Annual report on the working of the mental hospitals in the Madras Presidency - 1912-1932
Year: 1912
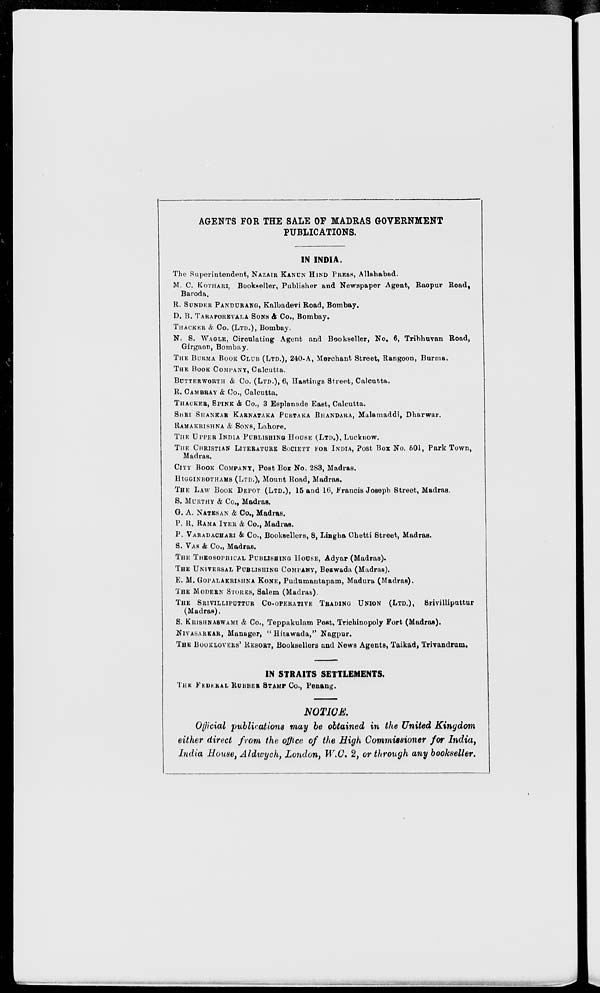
AGENTS FOR THE SALE OF MADRAS GOVERNMENT
PUBLICATIONS.
IN INDIA.
The Superintendent, NAZAIR KANON HIND PRESS, Allahabad.
M. C. KOTHARI, Bookseller, Publisher and Newspaper Agent, Raopur Road,
Baroda.
R. SUNDER PANDURANG, Kalbadevi Road, Bombay.
D. B. TARAPOREVALA SONG & Co., Bombay.
THACKER & Co. (LTD.), Bombay.
N. S. WAGLE, Circulating Agent and Bookseller, No. 6, Tribhuvan Road,
Girgaon, Bombay.
THE BURMA BOOK CLUB (LTD.), 240-A, Merchant Street, Rangoon, Burma.
THE BOOK COMPANY, Calcutta.
BUTTERWORTH & Co. (LTD.), 6, Hastings Street, Calcutta.
R. CAMBRAY & Co., Calcutta.
THACKER, SPINK & Co., 3 Esplanade East, Calcutta.
SHRI SHANKAR KARNATAKA PUSTAKA BHANDARA, Malamaddi, Dharwar.
RAMAKRISHNA & SONS, Lahore.
THE UPPER INDIA PUBLISHING HOUSE (LTD.), Lucknow.
THE CHRISTIAN LITERATURE SOCIETY FOR INDIA, Post Box No. 501, Park Town,
Madras.
CITY BOOK COMPANY, Post Box No. 283, Madras.
HIGGINBOTHAMS (LTD.), Mount Road, Madras.
THE LAW BOOK DEPOT (LTD.), 15 and 16, Francis Joseph Street, Madras.
S. MURTHY & Co., Madras.
G. A. NATESAN & Co., Madras.
P. R. RAMA IYER & Co., Madras.
P. VARADACHARI & Co., Booksellers, 8, Lingha Chetti Street, Madras.
S. VAS & Co., Madras.
THE THEOSOPHICAL PUBLISHING HOUSE, Adyar (Madras).
THE UNIVERSAL
PUBLISHING COMPANY, Bezwada (Madras).
E. M. GOPALAKRISHNA KONE, Pudumantapam, Madura (Madras).
THE MODERN STORES, Salem (Madras).
THE SRIVILLIPUTTUR CO-OPERATIVE TRADING UNION (LTD.),
Srivillipattur
(Madras).
S. KRISHNASWAMI & Co., Teppakulam Post. Trichinopoly Fort (Madras).
NIVASARKAR, Manager, "Hitawada," Nagpur.
THE BOOKLOVERS' RESORT, Booksellers and News Agents, Taikad, Trivandrum.
IN STRAITS SETTLEMENTS.
THE FEDERAL RUBBER STAMP Co., Penang.
NOTICE.
Official publications may be obtained in the United Kingdom
either direct from the office of the High Commissioner for India,
India House, Aldwych, London, W.C. 2, or through any bookseller.